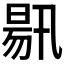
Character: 𣈟